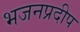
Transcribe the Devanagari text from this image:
भजनप्रदीप